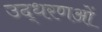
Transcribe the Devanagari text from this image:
उद्धरणओं